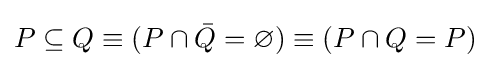
P\subseteq Q\equiv (P\cap {\bar {Q}}=\varnothing )\equiv (P\cap Q=P)